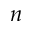
n